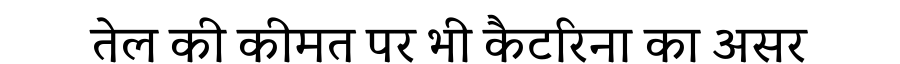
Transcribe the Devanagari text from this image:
तेल की कीमत पर भी कैटरिना का असर